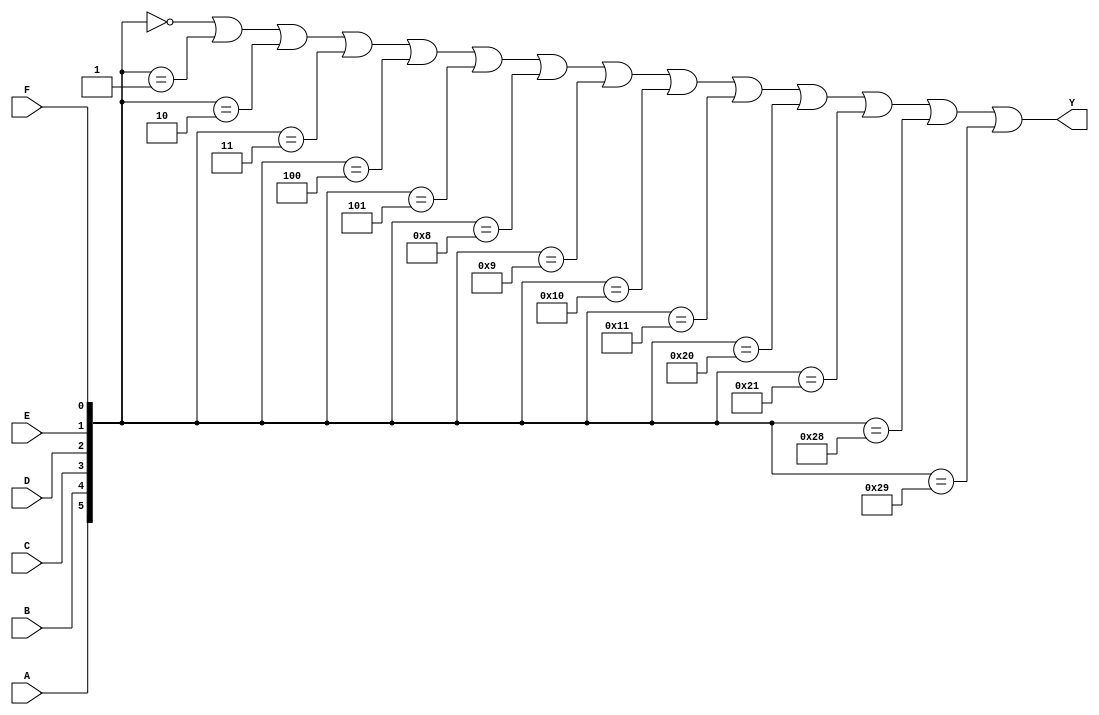
module six_variable_kmap (
    input wire A,    // Input variable A
    input wire B,    // Input variable B
    input wire C,    // Input variable C
    input wire D,    // Input variable D
    input wire E,    // Input variable E
    input wire F,    // Input variable F
    output wire Y    // Output signal
);

// Internal wire to represent the K-map cell index
wire [5:0] index;

// Generate the index based on the inputs
assign index = {A, B, C, D, E, F};

// K-map output based on minterms
// The output Y is determined by the specific minterms that are '1' in the K-map
// Replace the following assignments with the actual minterms for your specific function
assign Y = 
      (index == 6'b000000) || // minterm 0
      (index == 6'b000001) || // minterm 1
      (index == 6'b000010) || // minterm 2
      (index == 6'b000011) || // minterm 3
      (index == 6'b000100) || // minterm 4
      (index == 6'b000101) || // minterm 5
      (index == 6'b001000) || // minterm 8
      (index == 6'b001001) || // minterm 9
      (index == 6'b010000) || // minterm 16
      (index == 6'b010001) || // minterm 17
      (index == 6'b100000) || // minterm 32
      (index == 6'b100001) || // minterm 33
      (index == 6'b101000) || // minterm 40
      (index == 6'b101001);   // minterm 41

endmodule